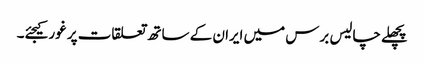
پچھلے چالیس برس میں ایران کے ساتھ تعلقات پر غور کیجئے۔